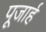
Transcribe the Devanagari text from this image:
पूजार्ह